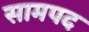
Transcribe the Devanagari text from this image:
सामपद